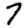
Digit: 7